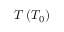
T \, ( T _ { 0 } )